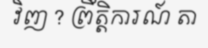
វិញ ? ព្រឹត្តិការណ៍ តា